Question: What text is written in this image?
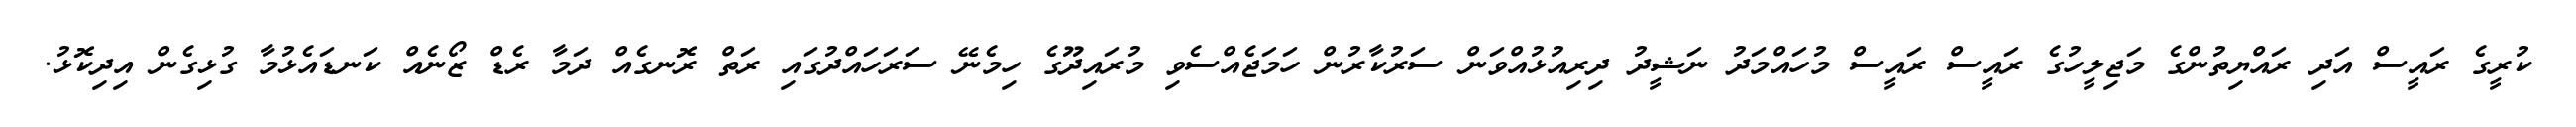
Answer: ކުރީގެ ރައީސް އަދި ރައްޔިތުންގެ މަޖިލީހުގެ ރައީސް ރައީސް މުހައްމަދު ނަޝީދު ދިރިއުޅުއްވަން ސަރުކާރުން ހަމަޖެއްސެވި މުރައިދޫގެ ހިމެނޭ ސަރަހައްދުގައި ރަތް ރޮނގެއް ދަމާ ރެޑް ޒޯނެއް ކަނޑައެޅުމާ ގުޅިގެން އިދިކޮޅު.